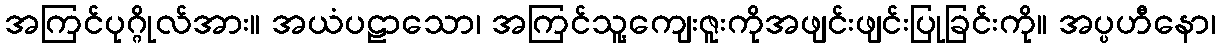
အကြင်ပုဂ္ဂိုလ်အား။ အယံပဠာသော၊ အကြင်သူ့ကျေးဇူးကိုအဖျင်းဖျင်းပြုခြင်းကို။ အပ္ပဟီနော၊